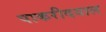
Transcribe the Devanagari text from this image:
पाकरीदयाल